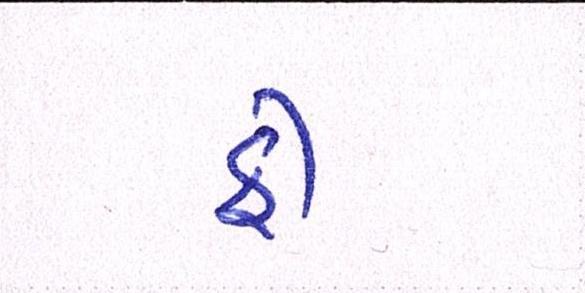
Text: ફી